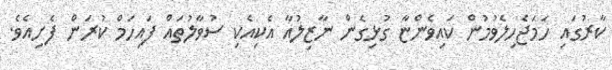
ކާރުގައި ހަމަޖެހިލެވުމުން ކައިވެންޏާ ގުޅިގެން ނާޒިލުއާ އެކިއެކި ސުވާލުތައް ފައިހަމް ކުރަން ފެށިއެވެ.